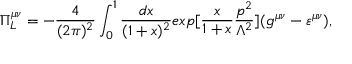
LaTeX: \Pi _ { L } ^ { \mu \nu } = - \frac { 4 } { ( 2 \pi ) ^ { 2 } } \int _ { 0 } ^ { 1 } \frac { d x } { ( 1 + x ) ^ { 2 } } e x p [ \frac { x } { 1 + x } \frac { p ^ { 2 } } { \Lambda ^ { 2 } } ] ( g ^ { \mu \nu } - \varepsilon ^ { \mu \nu } ) ,